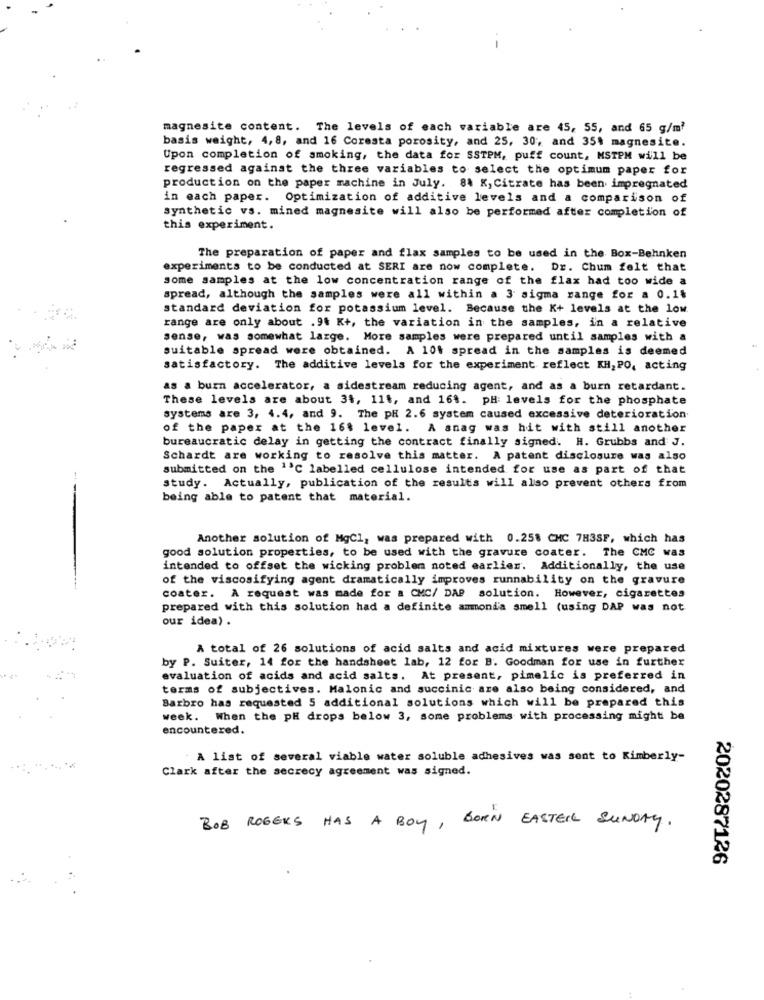
magnesite content. The levels of each variable are 45, 55, and 65 g/m?
basis weight, 4, 8, and 16 Coresta porosity, and 25, 30; and 35% magnesite.
Upon completion of smoking, the data for SSTPM, puff count, MSTPM will be
regressed against the three variables to select the optimum paper for
production on the paper machine in July. 84 K, Citrate has been impregnated
in each paper. Optimization of additive levels and a comparison of
synthetic vs. mined magnesite will also be performed after completion of
this experiment.
The preparation of paper and flax samples to be used in the Box-Behnken
experiments to be conducted at SERI are now complete.
Dr. Chum felt that
some samples at the low concentration range of the flax had too wide a
spread, although the samples were all within a 3 sigma range for a 0.14
standard deviation for potassium level. Because the K+ levels at the low.
range are only about . 94 K+, the variation in the samples, in a relative
sense, was somewhat large. More samples were prepared until samples with a
suitable spread were obtained. A 10% spread in the samples is deemed
satisfactory. The additive levels for the experiment reflect KH,PO, acting
as a burn accelerator, a sidestream reducing agent, and as a burn retardant.
These levels are about 34, 11t, and 16%. PH levels for the phosphate
systems are 3, 4.4, and 9. The pR 2.6 system caused excessive deterioration
of the paper at the 16% level. A snag was hit with still another
bureaucratic delay in getting the contract finally signed. H. Grubbs and J.
Schardt are working to resolve this matter. A patent disclosure was also
1
submitted on the ''℃ labelled cellulose intended for use as part of that
study. Actually, publication of the results will also prevent others from
being able to patent that material.
Another solution of MgCl, was prepared with 0.258 CMC 7H3SF, which has
good solution properties, to be used with the gravure coater. The CMC was
intended to offset the wicking problem noted earlier. Additionally, the use
of the viscosifying agent dramatically improves runnability on the gravure
coater. A request was made for a CMC/ DAP solution. However, cigarettes
prepared with this solution had a definite ammond'a smell (using DAP was not
our idea) .
A total of 26 solutions of acid salts and acid mixtures were prepared
by P. Suiter, 14 for the handsheet lab, 12 for B. Goodman for use in further
evaluation of acids and acid salts. At present, pimelic is preferred in
terms of subjectives. Malonic and succinic are also being considered, and
Barbro has requested 5 additional solutions which will be prepared this
week. When the pH drops below 3, some problems with processing might be
encountered.
A list of several viable water soluble adhesives was sent to Kimberly-
Clark after the secrecy agreement was signed.
BOB ROGERS HAS A BOY , BORN EASTER SUNDAY.
2020287126